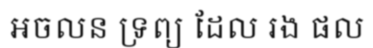
អចលន ទ្រព្យ ដែល រង ផល